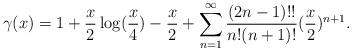
LaTeX: \begin{align*}\gamma (x)= 1+\frac{x}{2}\log (\frac{x}{4})-\frac{x}{2}+\sum_{n=1}^{\infty} \frac{(2n-1)!!}{n!(n+1)!}(\frac{x}{2})^{n+1} .\end{align*}